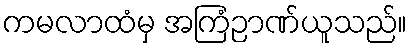
ကမလာထံမှ အကြံဉာဏ်ယူသည်။